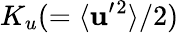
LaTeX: K_{u}(=\langle{{\mathbf{u}}^{\prime}{}^{2}}\rangle/2)